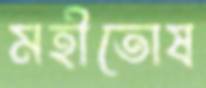
মহীতোষ